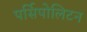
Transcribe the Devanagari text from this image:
पर्सिपोलिटन